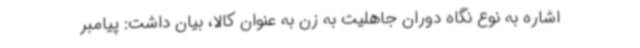
اشاره به نوع نگاه دوران جاهلیت به زن به عنوان کالا، بیان داشت: پیامبر